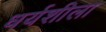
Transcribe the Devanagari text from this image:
धर्यशीला